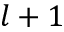
l + 1